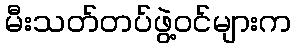
မီးသတ်တပ်ဖွဲ့ဝင်များက